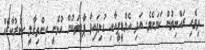
ދިވެހި ރައްޔިތުން ކަމަށެވެ. އަދި އެމްޑީޕީއާއި ގުޅިފައިވާ ޕާޓީތަކުން އުޅެނީ އިންތިޤާލީ ސަރުކާރެއް